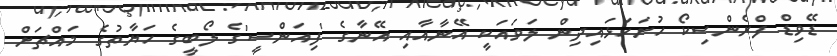
ޑޭވިޑް ފްރެންސިކޯ ހުށަހަޅައިދިން ލަވައަކީ އޭނާއާއި އޭނާގެ 'ފިއަންސީ'ގެ ލޯބީގެ ހަޔާތުގެ މައްޗަށް